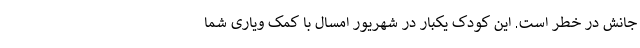
جانش در خطر است. این کودک یکبار در شهریور امسال با کمک ویاری شما